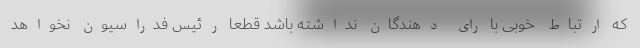
که ارتباط خوبی با رای دهندگان نداشته باشد قطعاً رئیس فدراسیون نخواهد